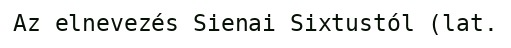
Az elnevezés Sienai Sixtustól (lat.